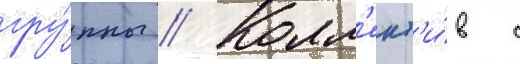
гру́ппы // Колл'ект'и́в с